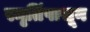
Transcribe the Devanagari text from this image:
स्मृतिंपासून